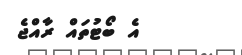
އެ ބޯޓުތައް ރާއްޖެ